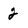
Character: 2